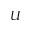
U